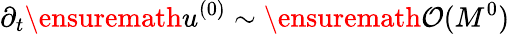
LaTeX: \partial_{t}\ensuremath{u^{(0)}}\sim\ensuremath{\mathcal{O}(M^{0})}